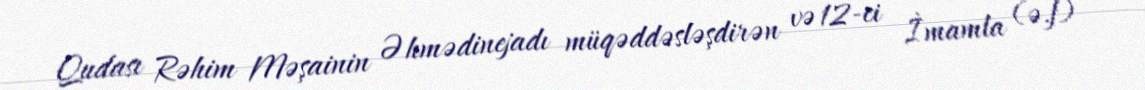
Qudası Rəhim Məşainin Əhmədinejadı müqəddəsləşdirən və 12-ci İmamla (ə.f)